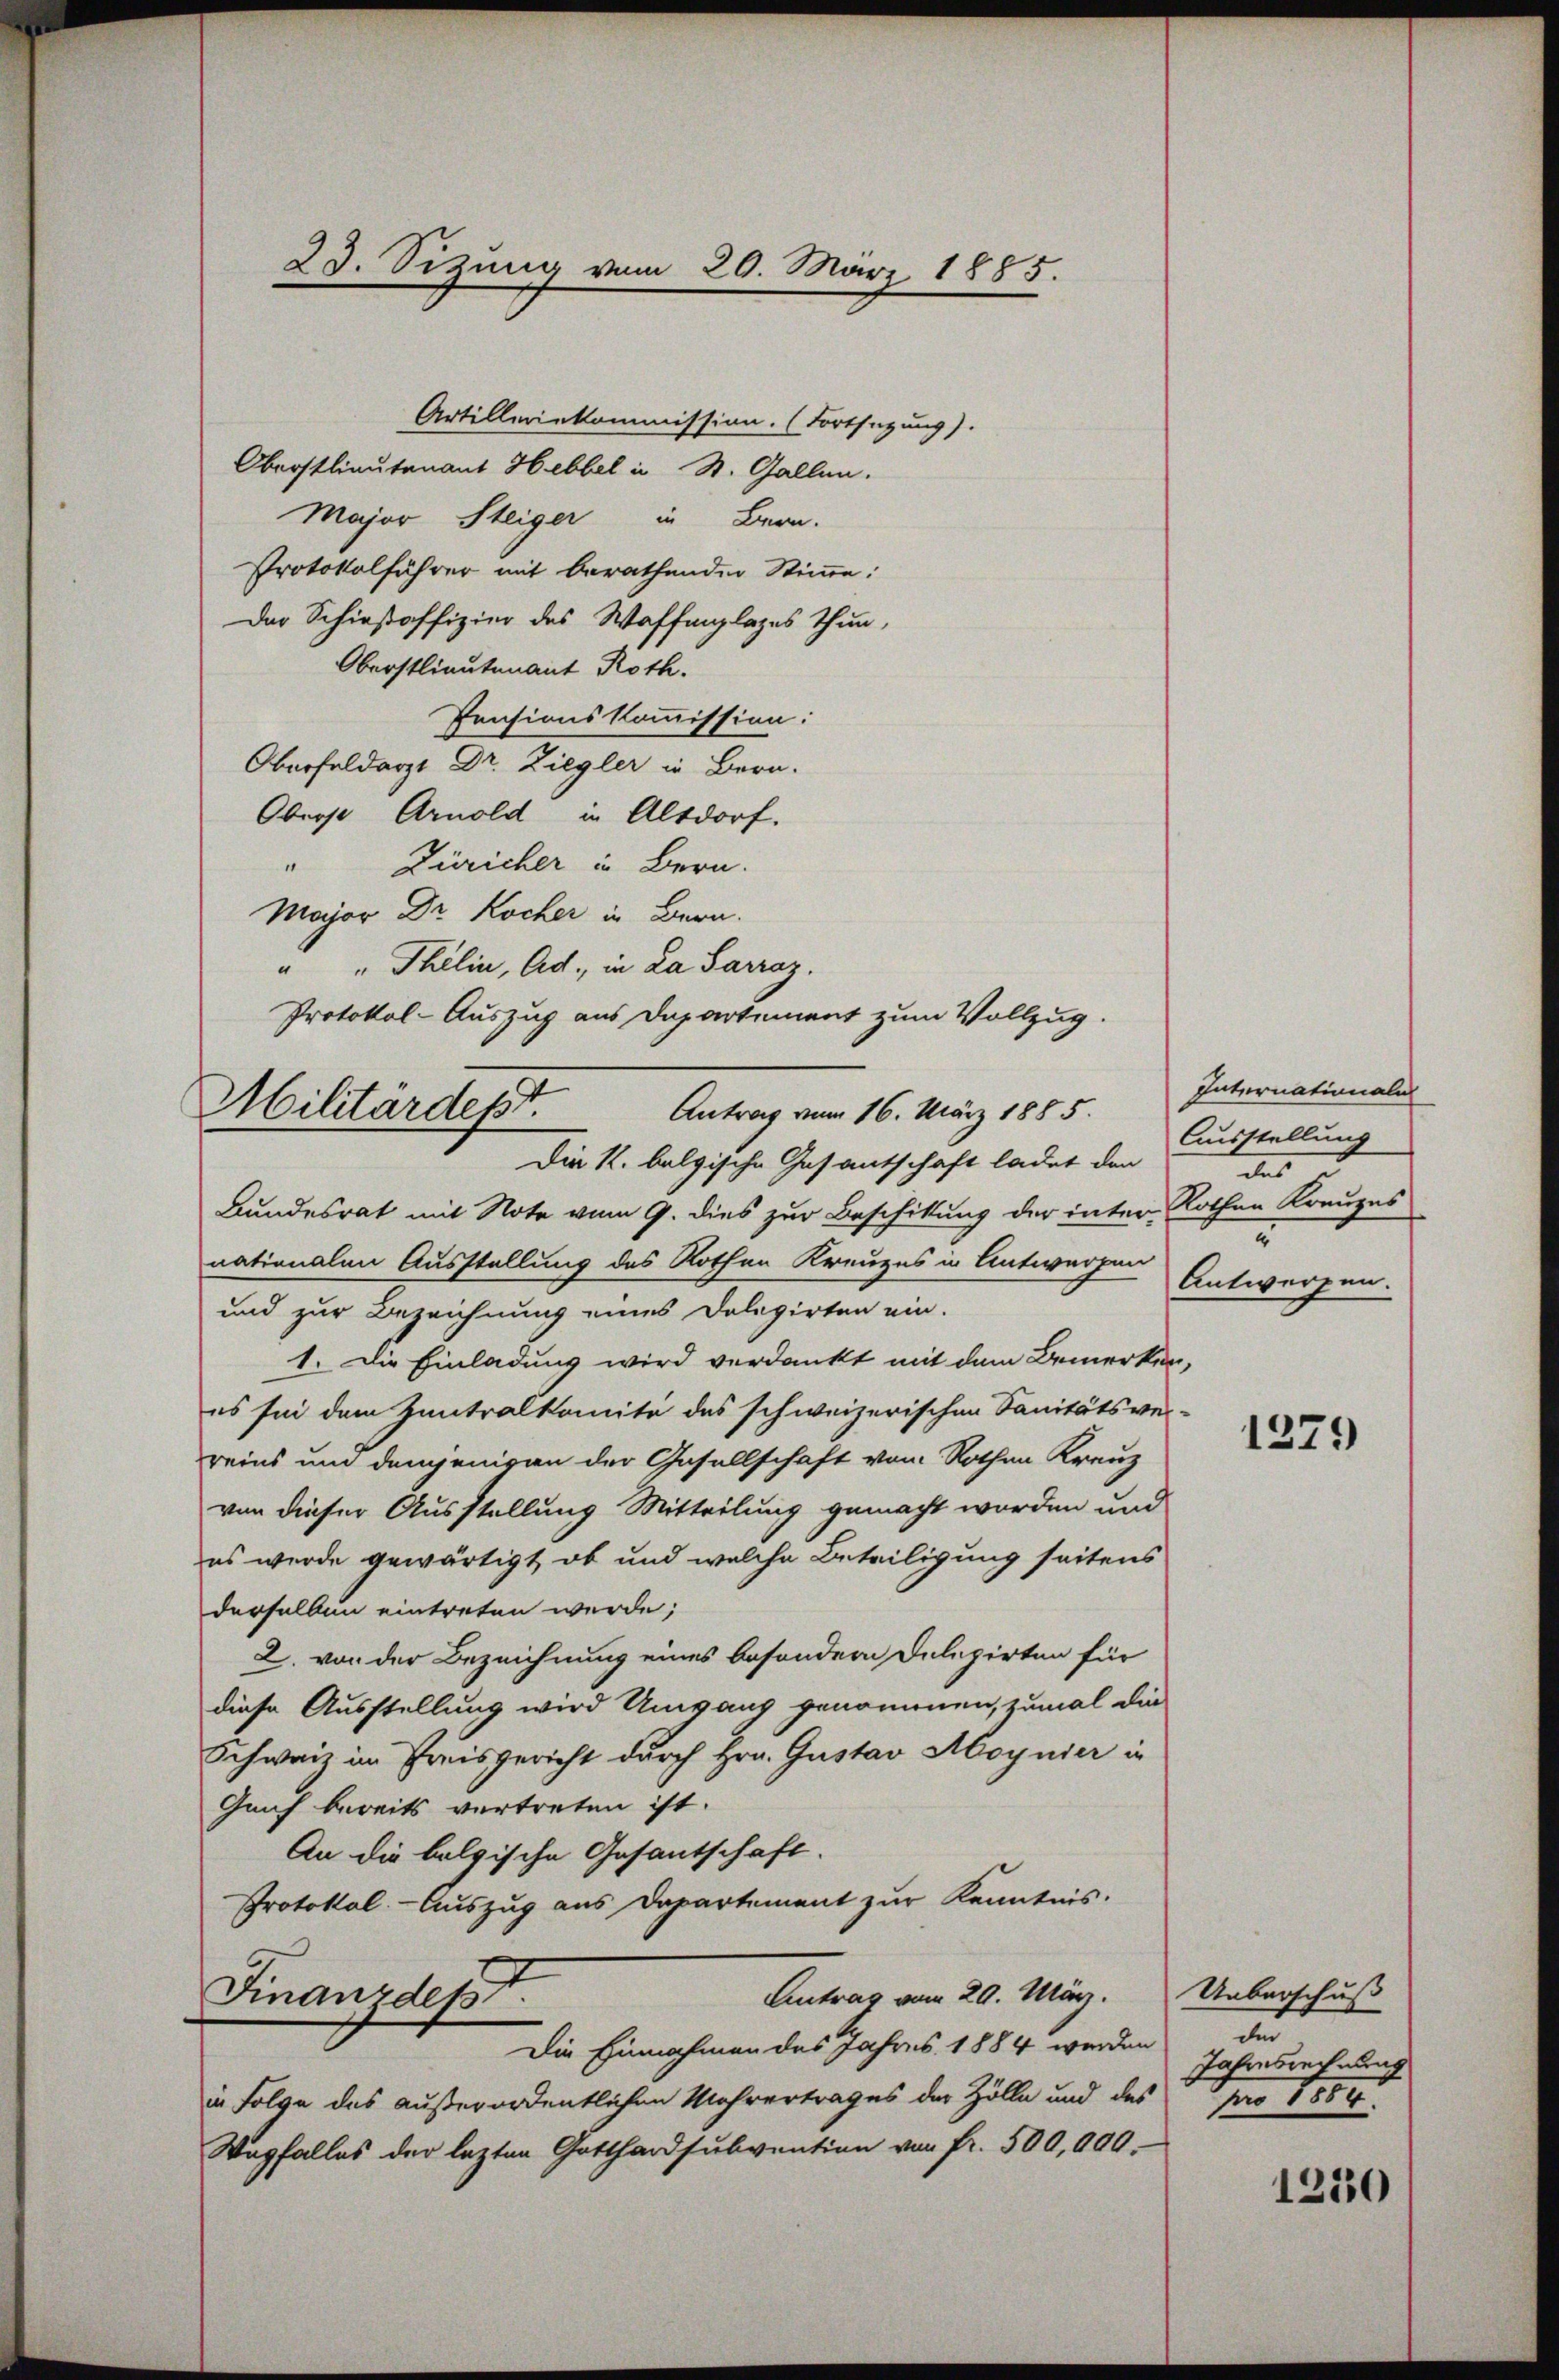
23. Sitzung vom 20. März 1885.

Artilleinkommission. (Fortsetzung).
Oberstlieutenant Hebbel in St. Gallen.
Major Steiger in Bern.
Protokolführer mit berathenden Stimme:
Der Schießoffizier des Waffenlages thun,
Oberstlieutenant Roth.
Pensionskommission:
Oberfeldarzt Dr. Ziegler in Bern.
Oberst Arnold in Altdorf.
" Züricher in Bern.
Major Dr. Kocher in Bern.
" "Thelin, Ad. in La Sarraz.
Protokol-Auszug aus Departement zum Vollzug.

Militardesst
Antrag vom 16. März 1885.
Die k. belgische Gesantschaft ladet den

Bundesrat mit Note vom 9. dies zur Beschittung der inter Rothen Kreuzes
nationalen Ausstellung des Rothen Kreuzes in Antworfen
und zur Bezeichnung eines Dolegirten ein.
1. Die Einladung wird verdankt mit dem Bemerken,
es sei dem Zentralkomite des schweizerischen Sanitätsver-
reins und demjenigen der Gesellschaft vom Rothen Kreuz
von dieser Ausstellung Mitteilung gemacht worden und
es wurde gewärtigt, ob und welche Beteiligung seitens
derselben eintreten werde;
2. von der Bezeichnung eines besondern Delegirten für
diese Ausstellung wird Umgang genommen, zumal die
Schweiz im Preisgericht durch Hrn. Gustav Aoynier in
Genf bereits vertreten ist.
An die baldische Gesantschaft.
Protokol. - Auszug aus Departement zur Kenntnis.
Antrag vom 29. März. Ueberschuß
Finanzdep
Die Einnahmen des Jahres 1884 werden
in Folge des außerordentlichen Mehrertrages der Zölle und des
Wegfalles der lezten Gotthardsubvention von fr. 500,000.-

Internationaln
Ausstellung
des
r
Antworfen.

1279

a
Jahresrechnung
1er 1860.

1230